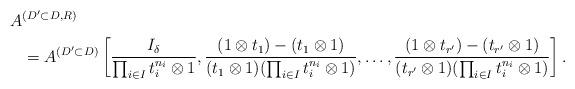
LaTeX: \begin{align*}A&^{(D'\subset D, R)} \\&=A^{(D'\subset D)}\left[\frac{I_{\delta}}{\prod_{i\in I}t_{i}^{n_{i}}\otimes 1}, \frac{(1\otimes t_{1})-(t_{1}\otimes 1)}{(t_{1}\otimes 1)(\prod_{i\in I}t_{i}^{n_{i}}\otimes 1)}, \ldots, \frac{(1\otimes t_{r'})-(t_{r'}\otimes 1)}{(t_{r'}\otimes 1)(\prod_{i\in I}t_{i}^{n_{i}}\otimes 1)}\right]. \end{align*}